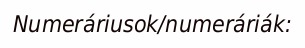
Numeráriusok/numeráriák: